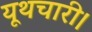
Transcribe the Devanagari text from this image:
यूथचारी।